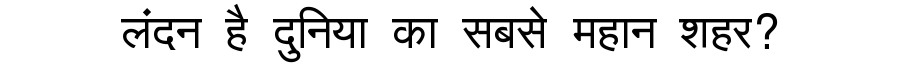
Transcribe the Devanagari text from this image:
लंदन है दुनिया का सबसे महान शहर?